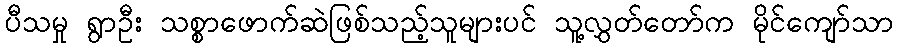
ပီသမှု ရွာဦး သစ္စာဖောက်ဆဲဖြစ်သည့်သူများပင် သူ့လွှတ်တော်က မိုင်ကျော်သာ